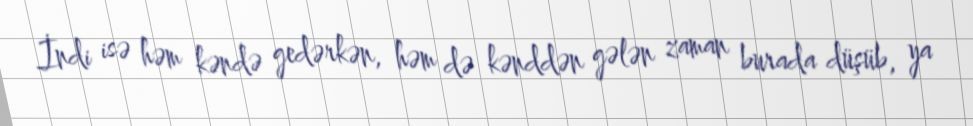
İndi isə həm kəndə gedərkən, həm də kənddən gələn zaman burada düşüb, ya